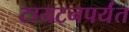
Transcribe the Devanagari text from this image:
टायटनपर्यंत